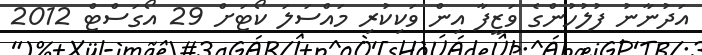
އަދުނާނު ފުލުހުންގެ ވަޒީފާ އިން ވަކިކުރި މައްސަލަ ކޯޓަށް 29 އޯގަސްޓް 2012